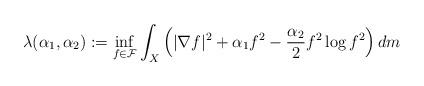
LaTeX: \begin{align*} \lambda(\alpha_1,\alpha_2):= \inf_{f\in\mathcal{F}}\int_{X}\left(|\nabla f|^2 +\alpha_1 f^2 - \frac{\alpha_2}{2} f^2 \log f^2\right)dm \end{align*}